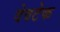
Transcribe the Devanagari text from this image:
देवटेक